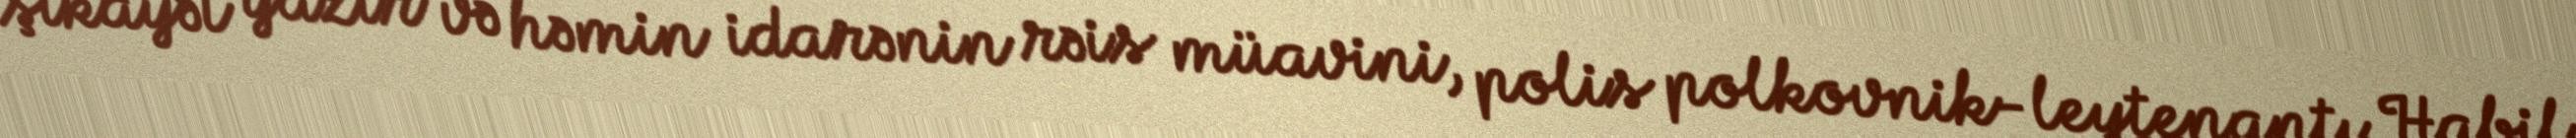
şikayət yazır və həmin idarənin rəis müavini, polis polkovnik-leytenantı Habil